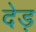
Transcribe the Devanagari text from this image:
देड़